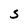
Character: S